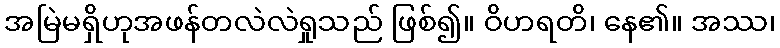
အမြဲမရှိဟုအဖန်တလဲလဲရှုသည် ဖြစ်၍။ ဝိဟရတိ၊ နေ၏။ အဿ၊